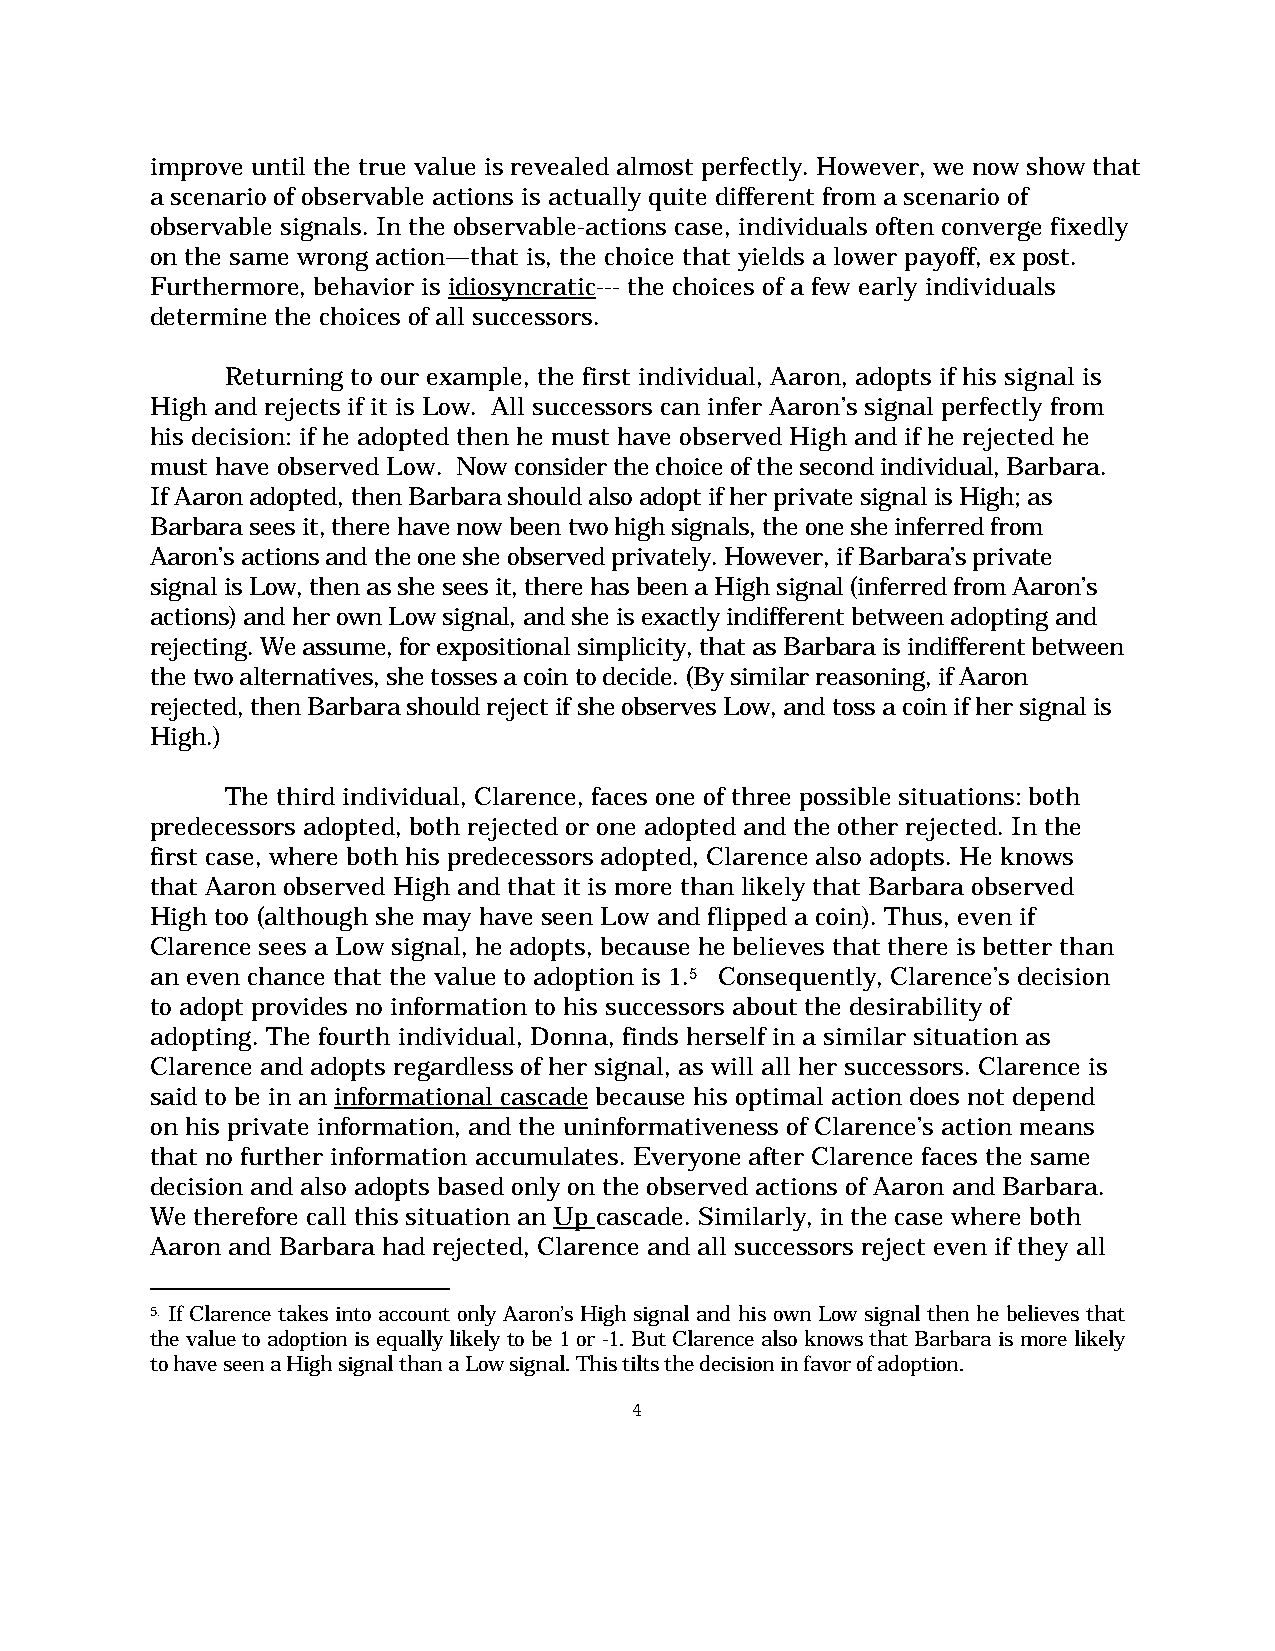
improve until the true value is revealed almost perfectly. However, we now show that
 a scenario of observable actions is actually quite different from a scenario of
 observable signals. In the observable-actions case, individuals often converge fixedly
 on the same wrong action—that is, the choice that yields a lower payoff, ex post.
 Furthermore, behavior is idiosyncratic--- the choices of a few early individuals
 determine the choices of all successors.
 Returning to our example, the first individual, Aaron, adopts if his signal is
 High and rejects if it is Low. All successors can infer Aaron’s signal perfectly from
 his decision: if he adopted then he must have observed High and if he rejected he
 must have observed Low. Now consider the choice of the second individual, Barbara.
 If Aaron adopted, then Barbara should also adopt if her private signal is High; as
 Barbara sees it, there have now been two high signals, the one she inferred from
 Aaron’s actions and the one she observed privately. However, if Barbara’s private
 signal is Low, then as she sees it, there has been a High signal (inferred from Aaron’s
 actions) and her own Low signal, and she is exactly indifferent between adopting and
 rejecting. We assume, for expositional simplicity, that as Barbara is indifferent between
 the two alternatives, she tosses a coin to decide. (By similar reasoning, if Aaron
 rejected, then Barbara should reject if she observes Low, and toss a coin if her signal is
 High.)
 The third individual, Clarence, faces one of three possible situations: both
 predecessors adopted, both rejected or one adopted and the other rejected. In the
 first case, where both his predecessors adopted, Clarence also adopts. He knows
 that Aaron observed High and that it is more than likely that Barbara observed
 High too (although she may have seen Low and flipped a coin). Thus, even if
 Clarence sees a Low signal, he adopts, because he believes that there is better than
 an even chance that the value to adoption is 1.5 Consequently, Clarence’s decision
 to adopt provides no information to his successors about the desirability of
 adopting. The fourth individual, Donna, finds herself in a similar situation as
 Clarence and adopts regardless of her signal, as will all her successors. Clarence is
 said to be in an informational cascade because his optimal action does not depend
 on his private information, and the uninformativeness of Clarence’s action means
 that no further information accumulates. Everyone after Clarence faces the same
 decision and also adopts based only on the observed actions of Aaron and Barbara.
 We therefore call this situation an Up cascade. Similarly, in the case where both
 Aaron and Barbara had rejected, Clarence and all successors reject even if they all
 5. If Clarence takes into account only Aaron’s High signal and his own Low signal then he believes that
 the value to adoption is equally likely to be 1 or -1. But Clarence also knows that Barbara is more likely
 to have seen a High signal than a Low signal. This tilts the decision in favor of adoption.
 4